system: You are a helpful assistant.
user:
Analyze the provided spectrum to determine if it is a **Carbon Star (C-type)**.

- **Key Visual Indicators of Carbon Star:**
    - **(Primary):** Strong molecular absorption from **C₂ (diatomic carbon) "Swan Bands."** This is the **defining feature** of a carbon star.
        - **(Key Bandheads):** Sharp absorption edges are visible at approximately $5635$ Å, $5165$ Å (the strongest band), and $4737$ Å.
        - **(Line Profile):** Creates a distinct **"saw-tooth"** pattern. The key morphology is a sharp, steep bandhead on the **red (long-wavelength) side**, which then gradually tapers off (i.e., flux recovers) towards the **blue (short-wavelength) side**. *(This is the direct opposite of the TiO bands seen in M-type stars)*.

    - **(Secondary):** Intense **CN (cyanogen)** molecular absorption bands.
        - **(Key Bandheads):** Located in the blue and violet regions of the spectrum (e.g., near $4215$ Å and $3883$ Å).
        - **(Morphology):** These bands are extremely broad and act as a "blanket," absorbing the vast majority of blue and violet light. This creates a characteristic **"cliff"** or **"steep drop-off"** in the spectrum's flux at short wavelengths.

    - **(Key Confirmation):** Strong **CH absorption band (G-band)**.
        - **(Key Bandhead):** Located around $4300$ Å. The contribution from CH molecules to this band is exceptionally strong.

    - **(Overall Spectrum):**
        - The continuum is severely "chopped up" by these deep molecular bands, especially C₂, rather than appearing as a smooth curve.
        - Due to the heavy CN and C₂ absorption in the blue-green, the vast majority of the star's flux is concentrated in the red part of the spectrum, giving the star its characteristic deep red color.

Think first, call **spectral_visualization_tool** if needed to examine features in detail, then provide your final answer. Your response must adhere to the following strict rules:
1.  **Overall Structure:** Your response must follow the format `<think>...</think> <tool_call>...</tool_call> (if a tool is used) <answer>...</answer>`.
2.  **Tool Usage Constraint:** You may only make **one** tool call per turn.
3.  **Final Answer Format:** In the `<answer>` tag, your conclusion must be inside a `\boxed{}` command (e.g., `\boxed{YES}`), followed by your justification.

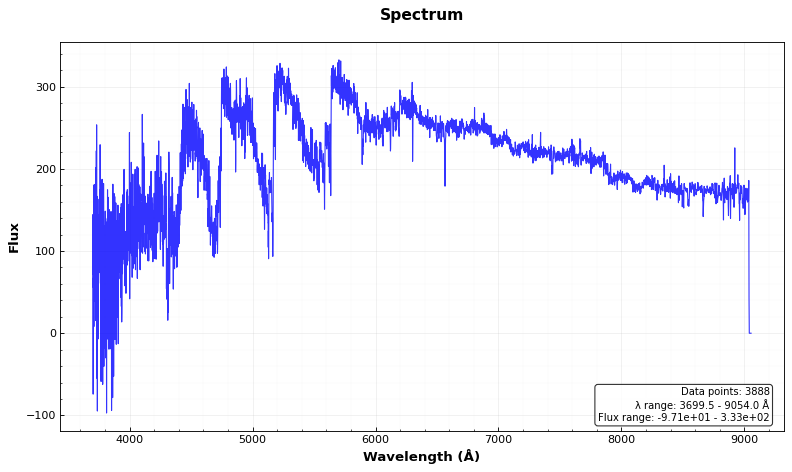
Answer: YES